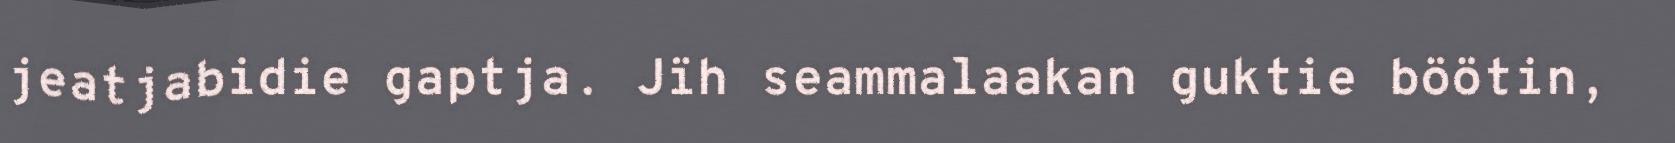
jeatjabidie gaptja. Jïh seammalaakan guktie böötin,